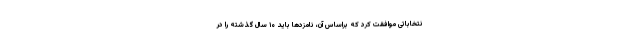
نتخاباتی موافقت کرد که براساس آن، نامزدها باید ۱۰ سال گذشته را در